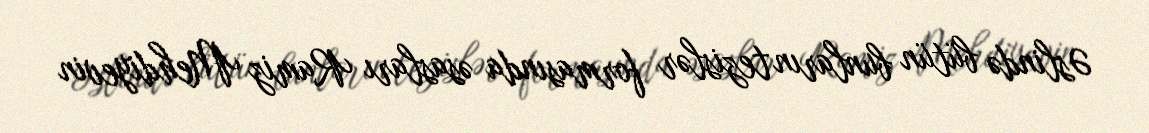
Əslində bütün bunların tezislər formasında əsasları Ramiz Mehdiyevin